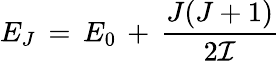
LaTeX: E_{J}\, =\, E_{0}\, +\, \frac{J(J+1)}{2\cal{I}}